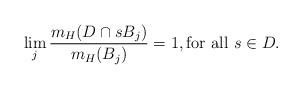
LaTeX: \begin{align*}\lim_j \frac{m_H(D \cap sB_j)}{m_H(B_j)} = 1, \textrm{for all $s \in D$}.\end{align*}